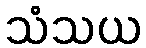
သံသယ